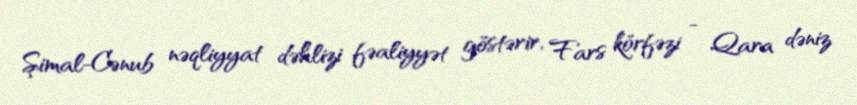
Şimal-Cənub nəqliyyat dəhlizi fəaliyyət göstərir, Fars körfəzi - Qara dəniz